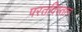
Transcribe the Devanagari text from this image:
परतविस्तान